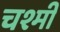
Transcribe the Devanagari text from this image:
चश्मी